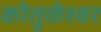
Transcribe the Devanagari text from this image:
कोतुळेश्वर